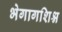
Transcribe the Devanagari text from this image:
भेगागशिश्न